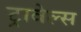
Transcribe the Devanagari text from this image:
ट्रावेल्स